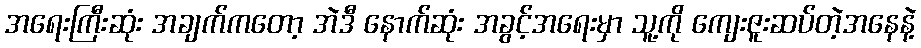
အရေးကြီးဆုံး အချက်ကတော့ အဲဒီ နောက်ဆုံး အခွင့်အရေးမှာ သူ့ကို ကျေးဇူးဆပ်တဲ့အနေနဲ့